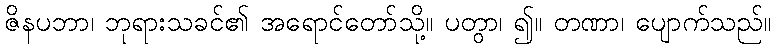
ဇိနပဘာ၊ ဘုရားသခင်၏ အရောင်တော်သို့။ ပတွာ၊ ၍။ တဏာ၊ ပျောက်သည်။